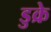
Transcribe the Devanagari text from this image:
डुक्रे